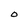
Character: O